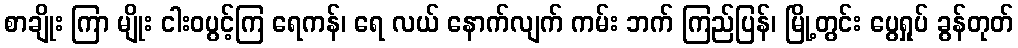
စာချိုး ကြာ မျိုး ငါးဝပွင့်ကြ ရေကန်၊ ရေ လယ် နောက်လျက် ကမ်း ဘက် ကြည်ပြန်၊ မြို့တွင်း ပွေရှုပ် ခွန်တုတ်